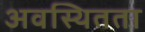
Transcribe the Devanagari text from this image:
अवस्थितता